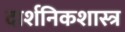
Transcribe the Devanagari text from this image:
दार्शनिकशास्त्र